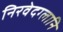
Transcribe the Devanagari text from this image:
निरवेदग्लानि